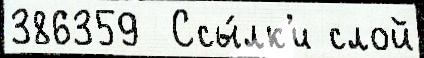
386359  Ссы́лк'и слой